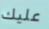
عليك